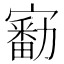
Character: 𡫘